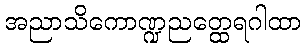
အညာသိကောဏ္ဍညတ္ထေရဂါထာ